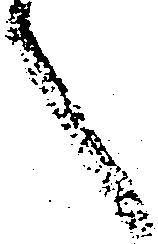
言